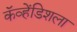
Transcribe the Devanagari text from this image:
कॅव्हेंडिशला